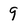
Character: 9